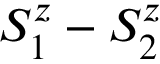
S _ { 1 } ^ { z } - S _ { 2 } ^ { z }